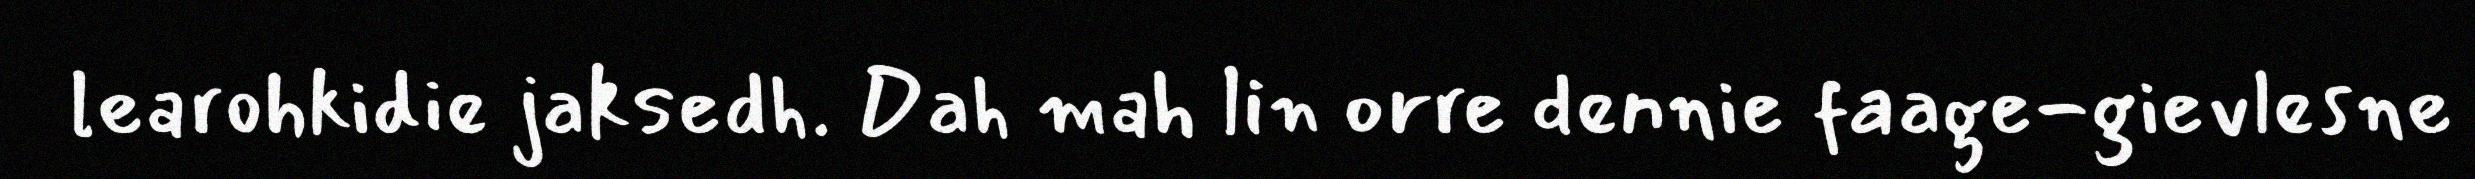
learohkidie jaksedh. Dah mah lin orre dennie faage-gievlesne